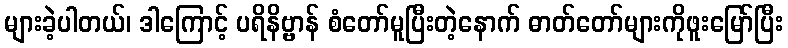
များခဲ့ပါတယ်၊ ဒါကြောင့် ပရိနိဗ္ဗာန် စံတော်မူပြီးတဲ့နောက် ဓာတ်တော်များကိုဖူးမြော်ပြီး